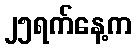
၂၅ရက်နေ့က